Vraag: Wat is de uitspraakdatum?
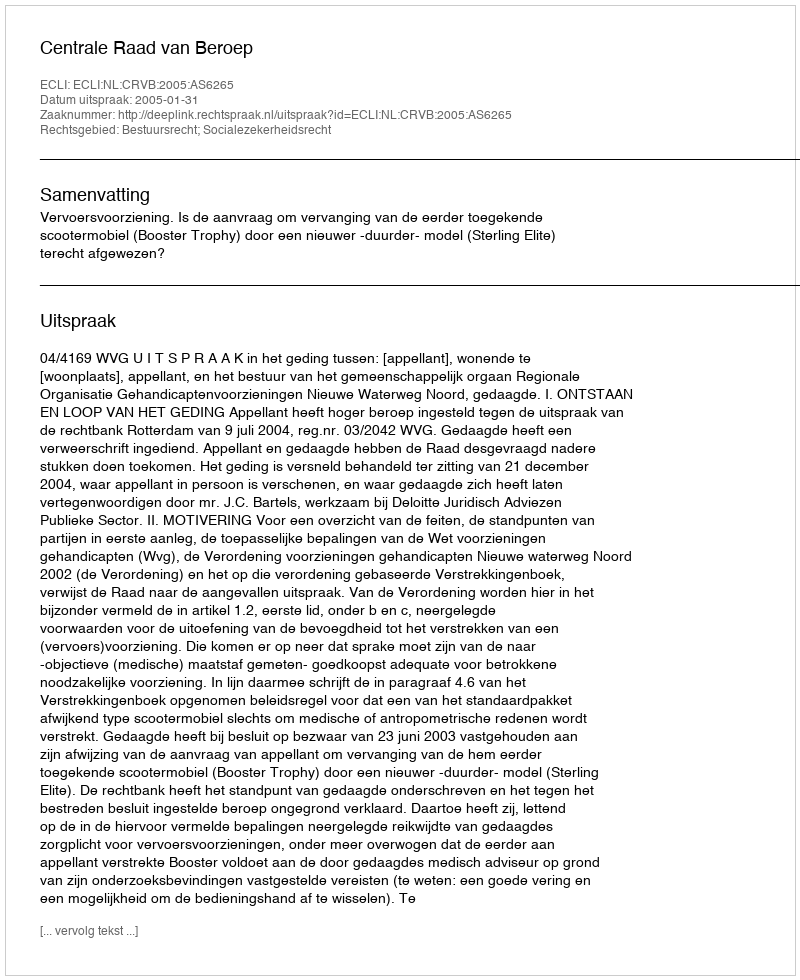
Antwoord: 2005-01-31